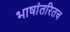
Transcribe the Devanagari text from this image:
भाषांतरितच